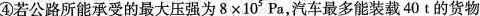
④若公路所能承受的最大压强为8×x10^{5}Pa，汽车最多能装载40t的货物